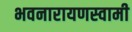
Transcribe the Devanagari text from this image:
भवनारायणस्‍वामी